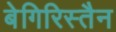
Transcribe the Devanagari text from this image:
बेगिरिस्तैन